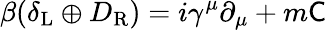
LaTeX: \beta(\delta_{\mathrm{{L}}}\oplus D_{\mathrm{{R}}})=i\gamma^{\mu}\partial_{\mu}+m{\mathsf{C}}